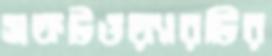
সফটওয়্যারটির